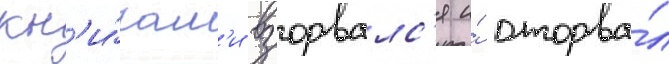
кн'и́гам'и взорвалс'я и́ оторва́л